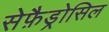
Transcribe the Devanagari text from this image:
सेफ़ैड्रोसिल